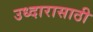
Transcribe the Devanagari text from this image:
उध्दारासाठी